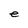
Character: e